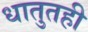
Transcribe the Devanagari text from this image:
धातुतही